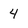
Character: 4